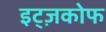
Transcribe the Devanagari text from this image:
इट्ज़कोफ